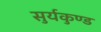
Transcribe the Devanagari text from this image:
सुर्यकुण्ड